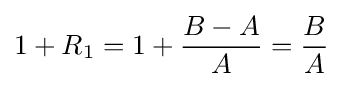
1+R_{1}=1+{\frac {B-A}{A}}={\frac {B}{A}}